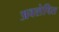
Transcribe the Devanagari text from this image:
अवशेषित